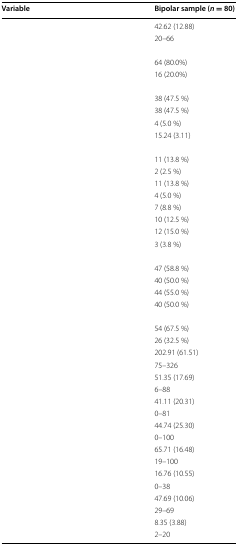
<table><thead><tr><td><b>Variable</b></td><td><b>Bipolar sample (<i>n</i> = 80)</b></td></tr></thead><tbody><tr><td>[EMPTY_CELL]</td><td>42.62 (12.88)</td></tr><tr><td>[EMPTY_CELL]</td><td>20–66</td></tr><tr><td colspan="2">[EMPTY_CELL]</td></tr><tr><td>[EMPTY_CELL]</td><td>64 (80.0%)</td></tr><tr><td>[EMPTY_CELL]</td><td>16 (20.0%)</td></tr><tr><td colspan="2">[EMPTY_CELL]</td></tr><tr><td>[EMPTY_CELL]</td><td>38 (47.5 %)</td></tr><tr><td>[EMPTY_CELL]</td><td>38 (47.5 %)</td></tr><tr><td>[EMPTY_CELL]</td><td>4 (5.0 %)</td></tr><tr><td>[EMPTY_CELL]</td><td>15.24 (3.11)</td></tr><tr><td colspan="2">[EMPTY_CELL]</td></tr><tr><td>[EMPTY_CELL]</td><td>11 (13.8 %)</td></tr><tr><td>[EMPTY_CELL]</td><td>2 (2.5 %)</td></tr><tr><td>[EMPTY_CELL]</td><td>11 (13.8 %)</td></tr><tr><td>[EMPTY_CELL]</td><td>4 (5.0 %)</td></tr><tr><td>[EMPTY_CELL]</td><td>7 (8.8 %)</td></tr><tr><td>[EMPTY_CELL]</td><td>10 (12.5 %)</td></tr><tr><td>[EMPTY_CELL]</td><td>12 (15.0 %)</td></tr><tr><td>[EMPTY_CELL]</td><td>3 (3.8 %)</td></tr><tr><td colspan="2">[EMPTY_CELL]</td></tr><tr><td>[EMPTY_CELL]</td><td>47 (58.8 %)</td></tr><tr><td>[EMPTY_CELL]</td><td>40 (50.0 %)</td></tr><tr><td>[EMPTY_CELL]</td><td>44 (55.0 %)</td></tr><tr><td>[EMPTY_CELL]</td><td>40 (50.0 %)</td></tr><tr><td colspan="2">[EMPTY_CELL]</td></tr><tr><td>[EMPTY_CELL]</td><td>54 (67.5 %)</td></tr><tr><td>[EMPTY_CELL]</td><td>26 (32.5 %)</td></tr><tr><td>[EMPTY_CELL]</td><td>202.91 (61.51)</td></tr><tr><td>[EMPTY_CELL]</td><td>75–326</td></tr><tr><td>[EMPTY_CELL]</td><td>51.35 (17.69)</td></tr><tr><td>[EMPTY_CELL]</td><td>6–88</td></tr><tr><td>[EMPTY_CELL]</td><td>41.11 (20.31)</td></tr><tr><td>[EMPTY_CELL]</td><td>0–81</td></tr><tr><td>[EMPTY_CELL]</td><td>44.74 (25.30)</td></tr><tr><td>[EMPTY_CELL]</td><td>0–100</td></tr><tr><td>[EMPTY_CELL]</td><td>65.71 (16.48)</td></tr><tr><td>[EMPTY_CELL]</td><td>19–100</td></tr><tr><td>[EMPTY_CELL]</td><td>16.76 (10.55)</td></tr><tr><td>[EMPTY_CELL]</td><td>0–38</td></tr><tr><td>[EMPTY_CELL]</td><td>47.69 (10.06)</td></tr><tr><td>[EMPTY_CELL]</td><td>29–69</td></tr><tr><td>[EMPTY_CELL]</td><td>8.35 (3.88)</td></tr><tr><td>[EMPTY_CELL]</td><td>2–20</td></tr></tbody></table>